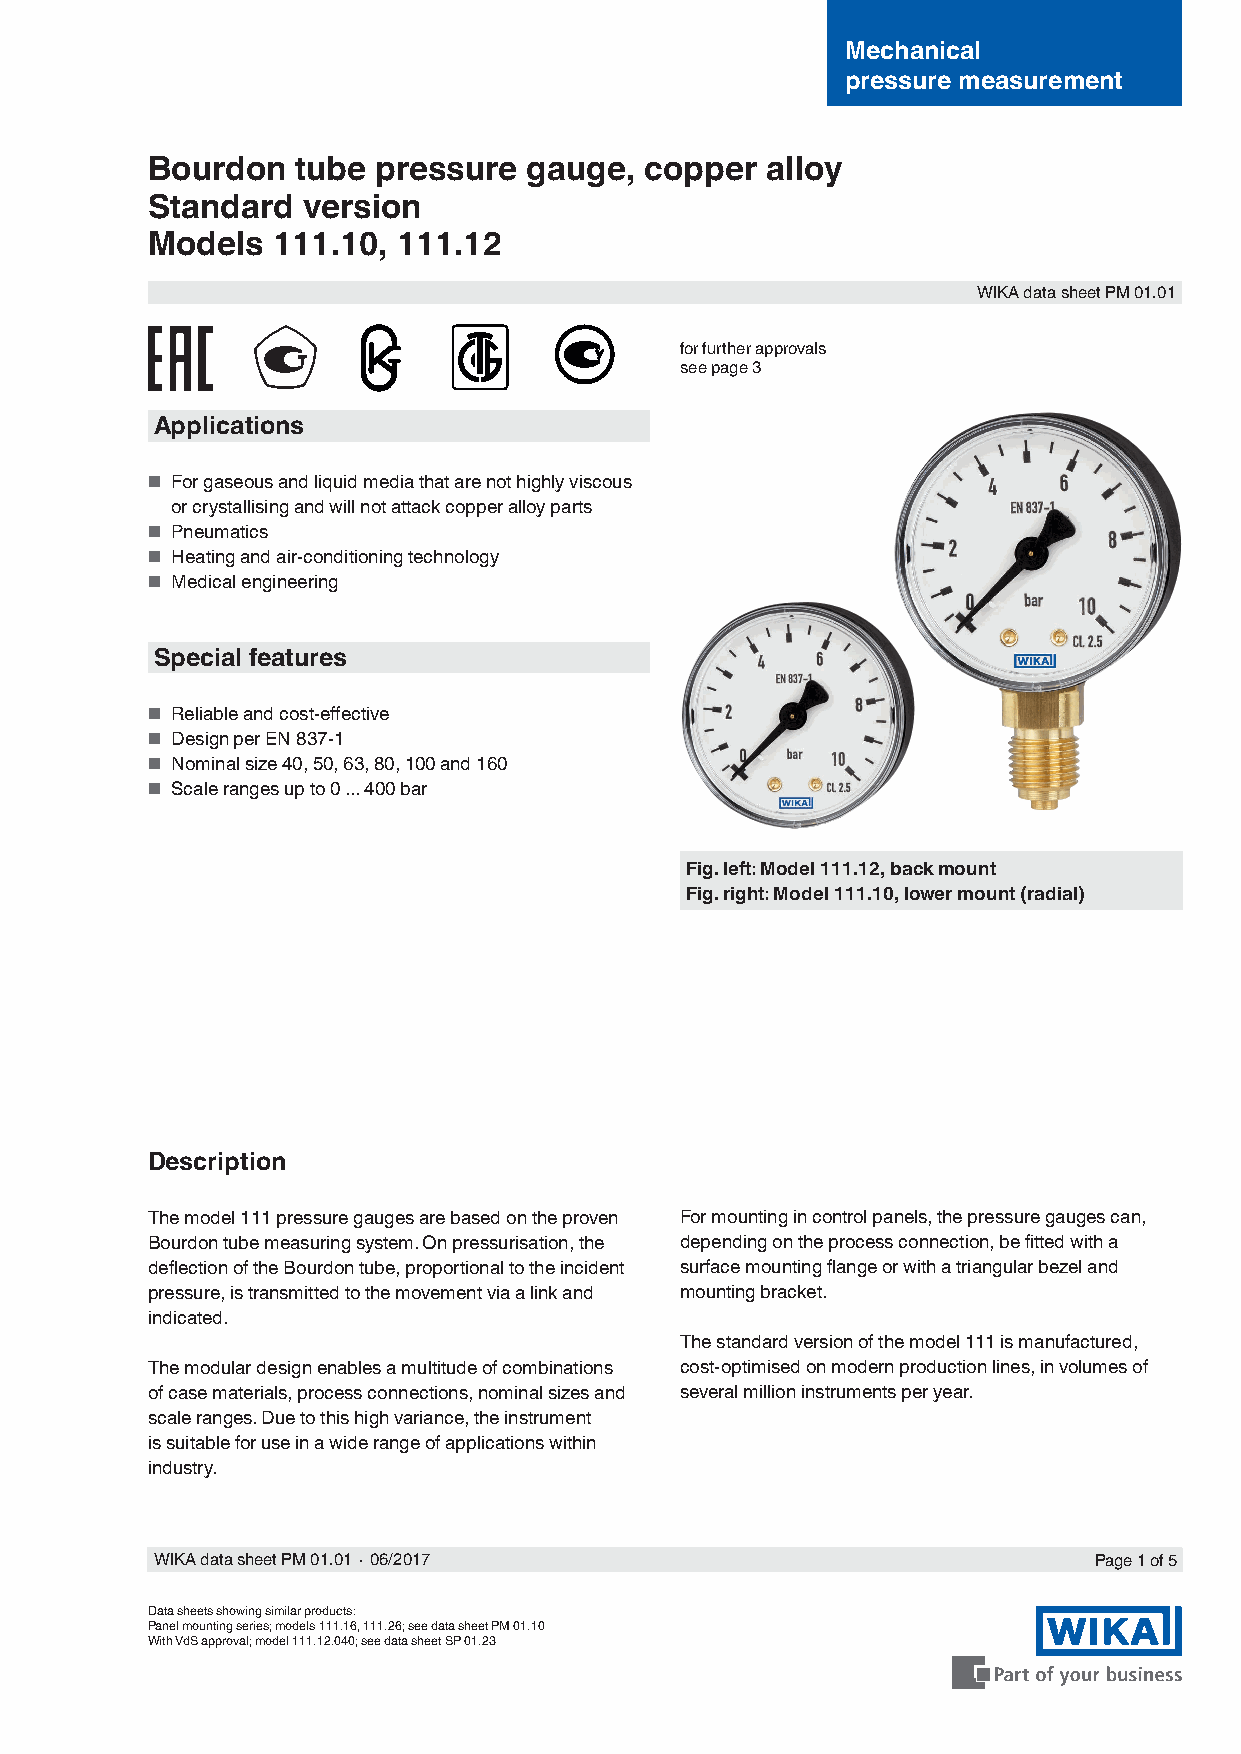
Mechanical
 pressure measurement
 Bourdon   tube pressure  gauge,  copper  alloy
 Standard  version
 Models  111.10, 111.12
 WIKA data sheet PM 01.01
 for further approvals
 see page 3
 Applications
 ■ For gaseous and liquid media that are not highly viscous
 or crystallising and will not attack copper alloy parts
 ■ Pneumatics
 ■ Heating and air-conditioning technology
 ■ Medical engineering
 Special features
 ■ Reliable and cost-effective
 ■ Design per EN 837-1
 ■ Nominal size 40, 50, 63, 80, 100 and 160
 ■ Scale ranges up to 0 ... 400 bar
 Fig. left: Model 111.12, back mount
 Fig. right: Model 111.10, lower mount (radial)
 Description
 The model 111 pressure gauges are based on the proven For mounting in control panels, the pressure gauges can,
 Bourdon tube measuring system. On pressurisation, the depending on the process connection, be fitted with a
 deflection of the Bourdon tube, proportional to the incident surface mounting flange or with a triangular bezel and
 pressure, is transmitted to the movement via a link and mounting bracket.
 indicated.
 The standard version of the model 111 is manufactured,
 The modular design enables a multitude of combinations cost-optimised on modern production lines, in volumes of
 of case materials, process connections, nominal sizes and several million instruments per year.
 scale ranges. Due to this high variance, the instrument
 is suitable for use in a wide range of applications within
 industry.
 WIKA data sheet PM 01.01∙06/2017                              Page 1 of 5
 Data sheets showing similar products:
 Panel mounting series; models 111.16, 111.26; see data sheet PM 01.10
 With VdS approval; model 111.12.040; see data sheet SP 01.23